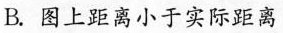
B.图上距离小于实际距离